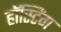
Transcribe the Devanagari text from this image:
हॉस्टिंग